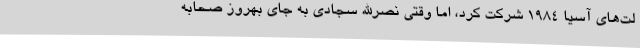
لت‌های آسیا 1984 شرکت کرد، اما وقتی نصرالله سجادی به جای بهروز صحابه